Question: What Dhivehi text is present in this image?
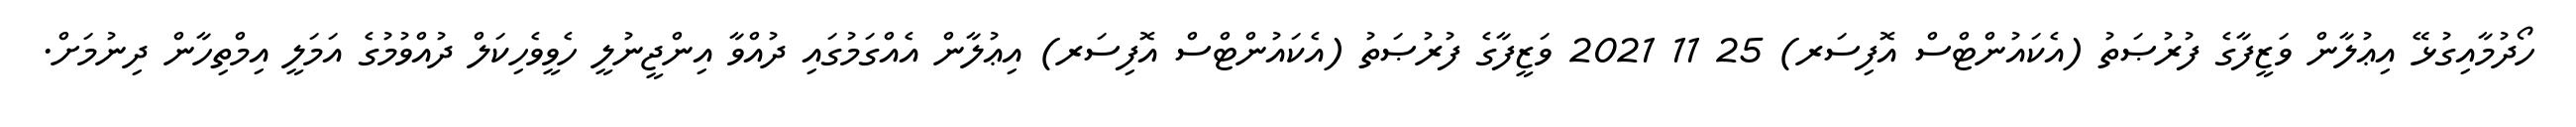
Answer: ހޯދުމާއިގުޅޭ އިޢުލާން ވަޒީފާގެ ފުރުޞަތު (އެކައުންޓްސް އޮފިސަރ) 25 11 2021 ވަޒީފާގެ ފުރުޞަތު (އެކައުންޓްސް އޮފިސަރ) އިޢުލާން އެއްގަމުގައި ދުއްވާ އިންޖީނުލީ ހެވީވެހިކަލް ދުއްވުމުގެ އަމަލީ އިމްތިހާން ދިނުމަށް.